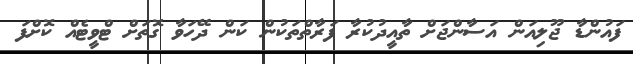
ފައުންޑާ ޖޫލިއަން އަސާންޖަށް ތާއީދުކުރާ ފަރާތްތަކުން ކަން ދޭހަވާ ގޮތަށް ޓްވީޓެއް ކޮށްފަ